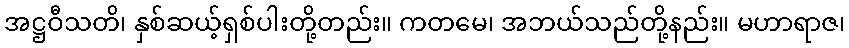
အဋ္ဌဝီသတိ၊ နှစ်ဆယ့်ရှစ်ပါးတို့တည်း။ ကတမေ၊ အဘယ်သည်တို့နည်း။ မဟာရာဇ၊